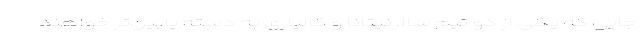
جایی که یکی از دو تیم سالرنیتانا و کالیاری به دسته پایین‌تر خواهند